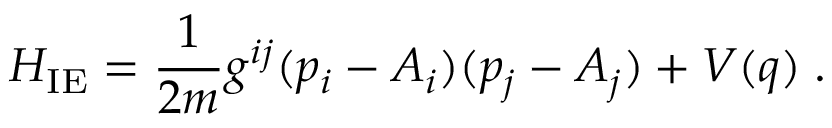
H _ { \mathrm { I E } } = \frac { 1 } { 2 m } g ^ { i j } ( p _ { i } - A _ { i } ) ( p _ { j } - A _ { j } ) + V ( q ) \; .